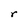
Character: r